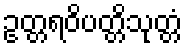
ဥတ္တရဝိပတ္တိသုတ္တံ